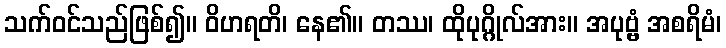
သက်ဝင်သည်ဖြစ်၍။ ဝိဟရတိ၊ နေ၏။ တဿ၊ ထိုပုဂ္ဂိုလ်အား။ အပုဗ္ဗံ အစရိမံ၊